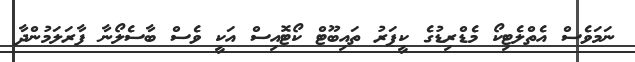
ނަމަވެސް އެތްލެޓިކޯ މެޑްރިޑުގެ ކީޕަރު ތައިބޫޓް ކޯޓޮއިސް އަކީ ވެސް ބާސެލޯނާ ފާރަލަމުންދާ